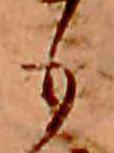
も